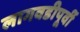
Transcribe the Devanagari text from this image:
लागवडीपूर्वी